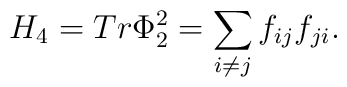
H_4=Tr \Phi_2^2= \sum_{i\neq j} f_{ij}f_{ji}.